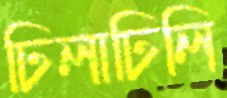
ঢিলাঢিলি